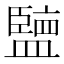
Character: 𱲚